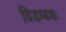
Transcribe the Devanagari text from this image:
विडम्बकः